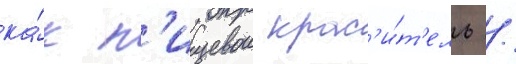
ка́к п'ищевои крас'и́т'ель /